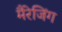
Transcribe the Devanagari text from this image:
मैरेजिंग